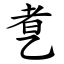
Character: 乽